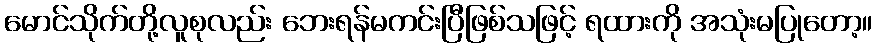
မောင်သိုက်တို့လူစုလည်း ဘေးရန်မကင်းပြီဖြစ်သဖြင့် ရထားကို အသုံးမပြုတော့။